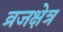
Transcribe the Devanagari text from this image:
व्रजक्षेत्र